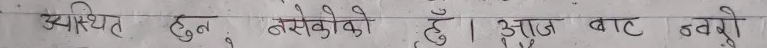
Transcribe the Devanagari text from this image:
उपस्थित हुन नसेको छु। आज बाट नसक्ने